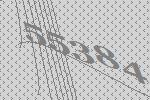
55384